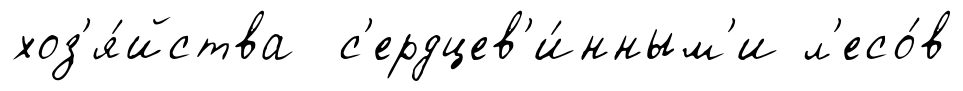
хоз'я́йства с'ердцев'и́нным'и л'есо́в